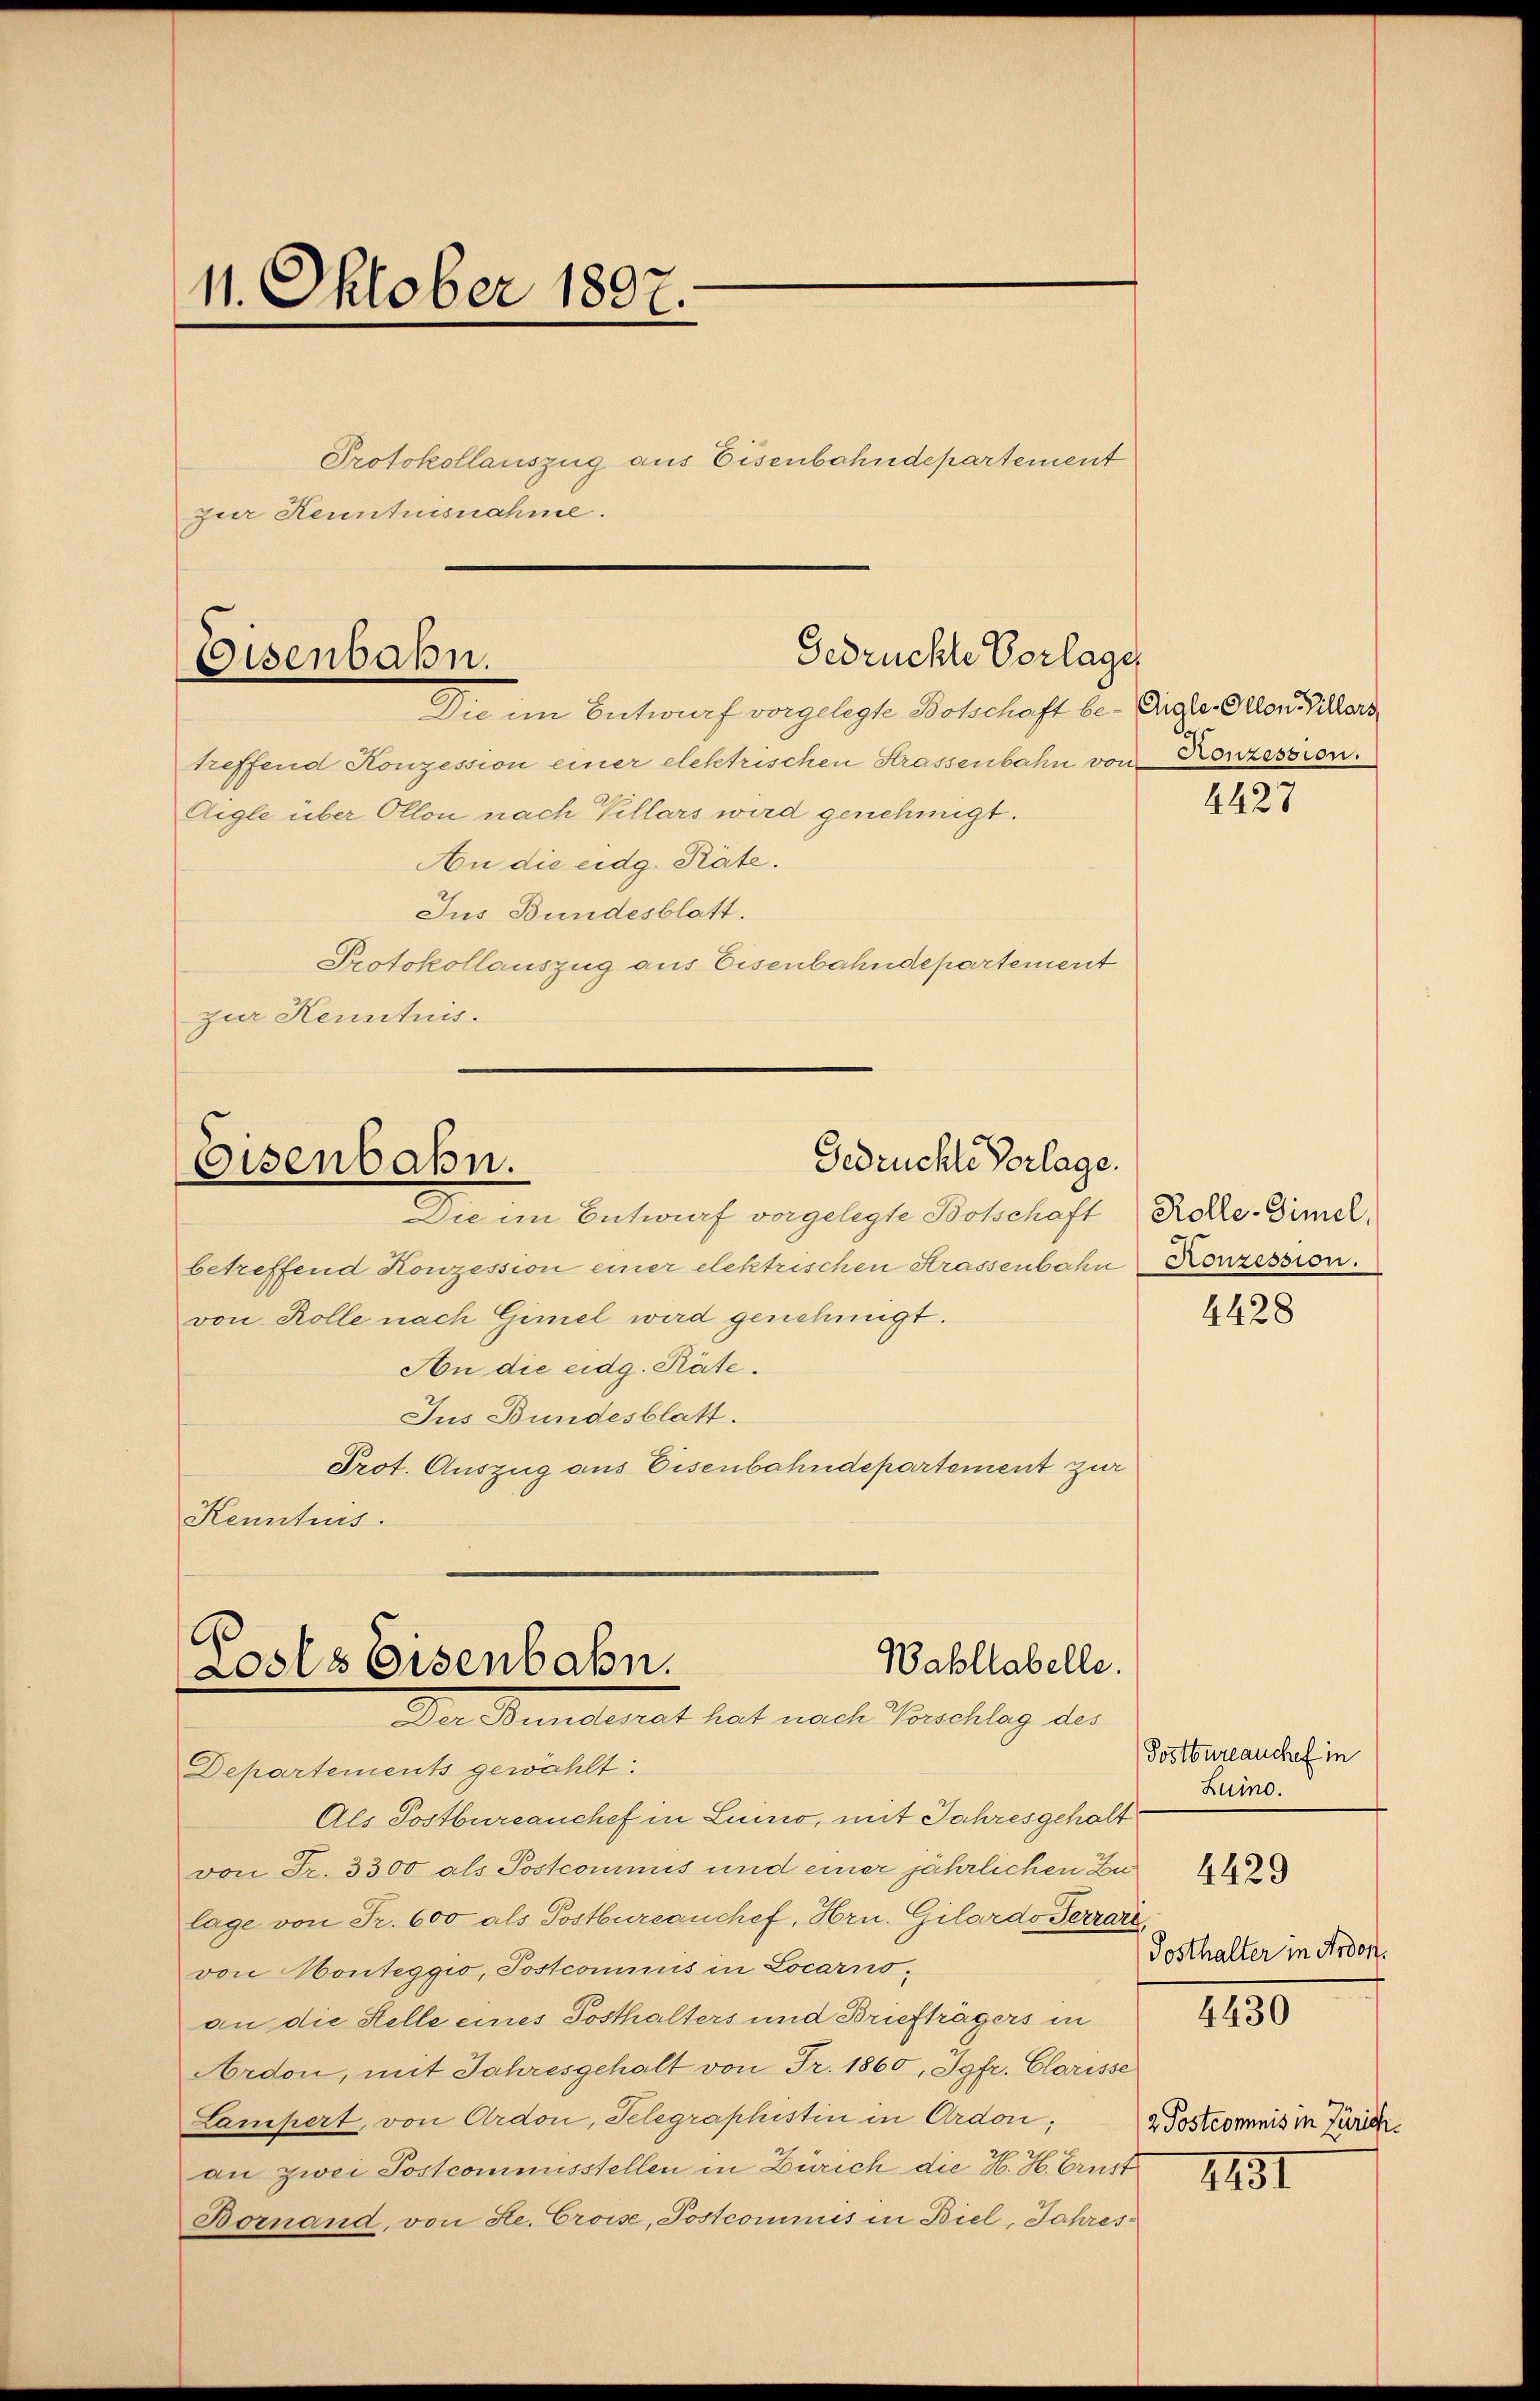
11. Oktober 1807.

Protokollauszug aus Eisenbahndepartement
zur Kenntnisnahme.

Gedrückte Vorlage
Eisenbahn.

Die im Entwurf vorgelegte Botschaft be- Eigen. Aller Billers
treffend Konzession einer elektrischen Strassenbahn von Konzession.
Aigle über Ollon nach Kellars wird genehmigt.
An die eidg. Räte.
Jus Bundesblatt.
Protokollauszug aus Eisenbahndepartement
zur Kenntnis.

Gedrückte Vorlage.
Eisenbahn.

Die im Entwurf vorgelegte Botschaft
betreffend Konzession einer elektrischen Strassenbahn
von Rolle nach Gimel wird genehmigt.
An die eidg. Räte.
Jus Bundesblatt.
Prot. Auszug aus Eisenbahndepartement zur
Kenntnis.
Departements gewählt.
Als Postbureauchef in Luino, mit Jahresgehalt
von Fr. 3300 als Postcommis und einer jährlichen Zulage von Fr. 600 als Postbureauchef, Hrn. Gilardo Terrarz
von Monteggio, Postcommis in Locarno-
an die Stelle eines Posthalters und Briefträgers in
Ardon, mit Jahresgehalt von Fr. 1860, Jgfr. Clarisse
Lampert, von Ardon, Telegraphistin in Ardon;
21
2
an zwei Postcommisstellen in Zürich die H. H. Brust
Bornand, von Se. Croise, Postcommis in Biel, Jahres¬

G.
Wahllabelle.
Loses Eisenbahn.
Der Bunderet hat nach Vorschlag der

4427

Rolle-Simel,
Konzession.

4428

Postbureauchel in
Luino.

4429

Posthalter in Ardon.

4430

2. Postcommis in Zürich.

1231